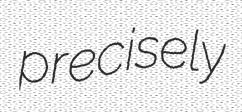
precisely